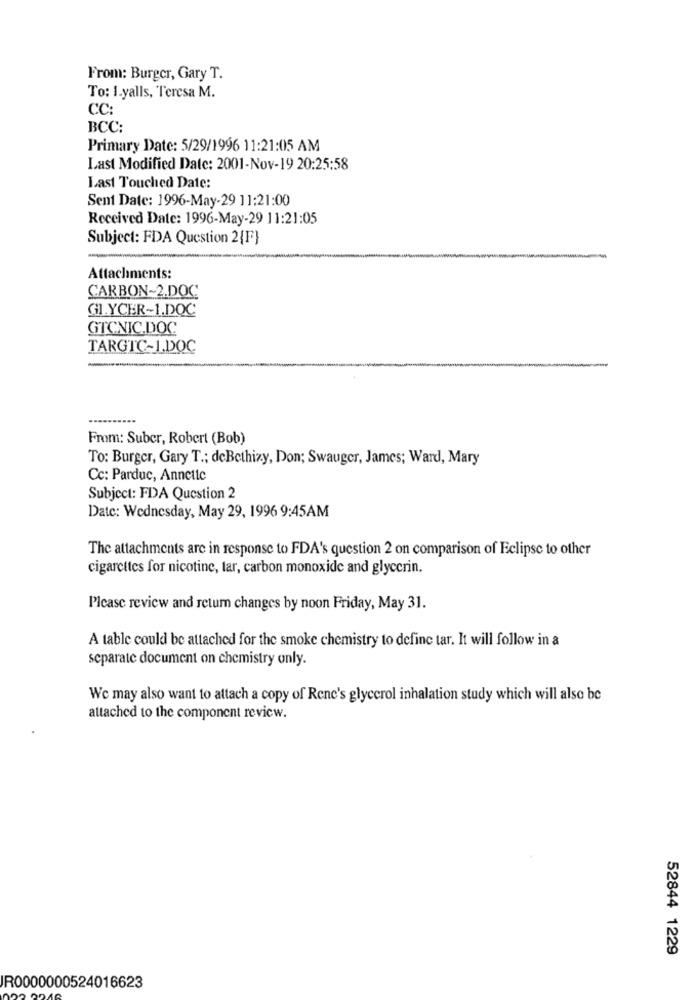
From: Burger, Gary T.
To: 1.yalls, Teresa M.
CC:
BCC:
Primary Date: 5/29/1996 11:21:05 AM
Last Modified Date: 2001-Nov-19 20:25:58
Last Touched Date:
Sent Date: 1996-May-29 11:21:00
Received Date: 1996-May-29 11:21:05
Subject: FDA Question 2{F}
Attachments:
CARBON~2.DOC
GLYCER-1.DOC
GTCNIC.DOC
TARGTC-1.DOC
From: Suber, Robert (Bob)
To: Burger, Gary T .; deBethizy, Don; Swauger, James; Ward, Mary
Cc: Parduc, Annetic
Subject: FDA Question 2
Date: Wednesday, May 29, 1996 9:45AM
The attachments are in response to FDA's question 2 on comparison of Eclipse to other
cigarettes for nicotine, tar, carbon monoxide and glycerin.
Please review and retum changes by noon Friday, May 31.
A table could be attached for the smoke chemistry to define tar. It will follow in a
separate document on chemistry only.
We may also want to attach a copy of Renc's glycerol inhalation study which will also be
attached to the component review.
52844 1229
R0000000524016623